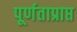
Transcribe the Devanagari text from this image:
पूर्णताप्राप्त